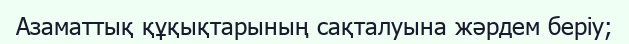
Азаматтық құқықтарының сақталуына жәрдем беріу;